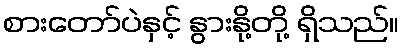
စားတော်ပဲနှင့် နွားနို့တို့ ရှိသည်။